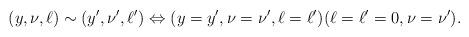
LaTeX: \begin{align*}(y,\nu,\ell) \sim (y',\nu',\ell') \Leftrightarrow (y=y',\nu=\nu',\ell=\ell') (\ell=\ell'=0,\nu=\nu').\end{align*}